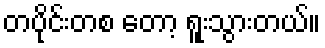
တပိုင်းတစ တော့ ရူးသွားတယ်။